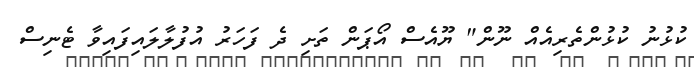
ކުޅުނު ކުޅުންތެރިއެއް ނޫން" ޔޫއެސް އޯޕަން ތަށި ދެ ފަހަރު އުފުލާލައިފައިވާ ޓެނިސް